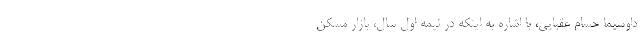
داوسیما حسام عقبایی، با اشاره به اینکه در نیمه اول سال، بازار مسکن